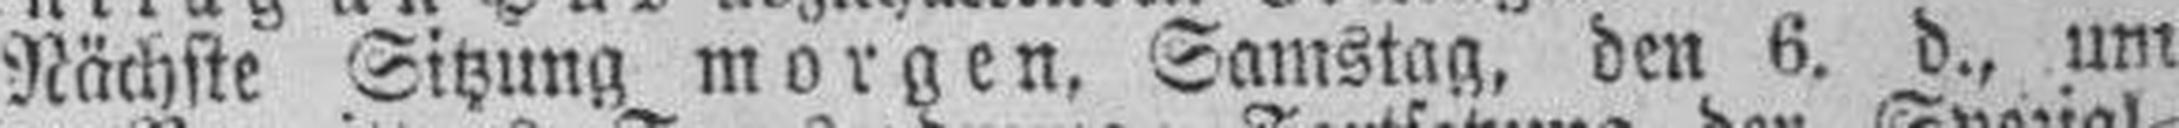
Nächste Sitzung morgen, Samstag, den 6. d., um